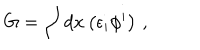
G = \int d x \left( \epsilon _ { i } \phi ^ { i } \right) \, ,